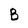
Character: B